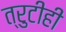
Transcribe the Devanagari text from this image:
त्रुटीही